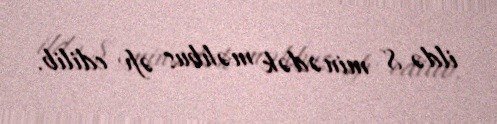
ildə 8 minədək məhbus əfv edilib.